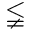
\lneqq